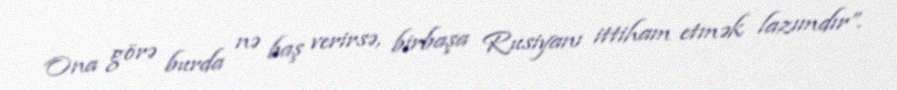
Ona görə burda nə baş verirsə, birbaşa Rusiyanı ittiham etmək lazımdır”.